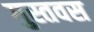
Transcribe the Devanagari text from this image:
गुस्तवस